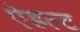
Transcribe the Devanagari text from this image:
ऐडल्ट